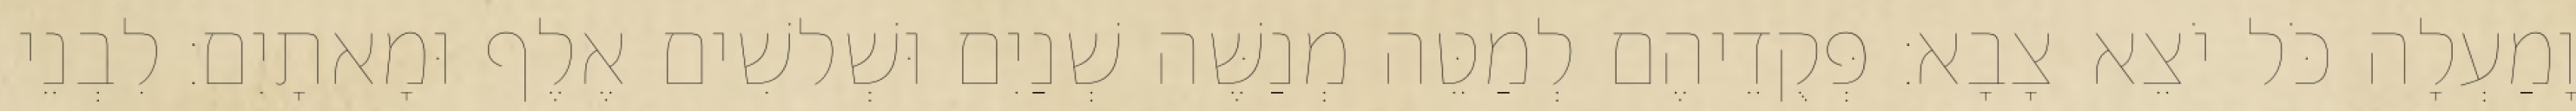
וָמַעְלָה כֹּל יֹצֵא צָבָא׃ פְּקֻדֵיהֶם לְמַטֵּה מְנַשֶּׁה שְׁנַיִם וּשְׁלשִׁים אֶלֶף וּמָאתָיִם׃ לִבְנֵי